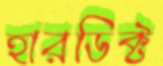
হারডিক্ট